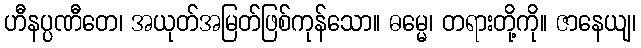
ဟီနပ္ပဏီတေ၊ အယုတ်အမြတ်ဖြစ်ကုန်သော။ ဓမ္မေ၊ တရားတို့ကို။ ဇာနေယျ၊